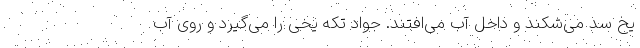
یخ سد می‌شکند و داخل آب می‌افتند. جواد تکه یخی را می‌گیرد و روی آب